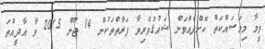
ވީމާ މިމަސައްކަތް ކޮށްދެއްވަން ޝައުޤުވެރިވާ ފަރާތްތަކުން 14 ޖޫން 2015 ވާ އާދީއްތަ